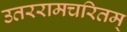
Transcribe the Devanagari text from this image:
उतररामचरितम्‌